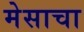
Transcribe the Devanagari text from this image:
मेसाचा